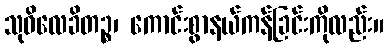
သုဝိလေခိတဉ္စ၊ ကောင်းစွာနယ်ကန်ခြင်းကိုလည်း။